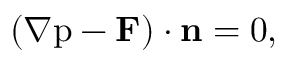
( { \nabla \mathrm { p - { \bf F } ) \cdot { \bf n } = 0 } } ,